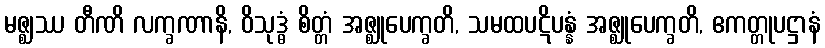
မဇ္ဈဿ တီဏိ လက္ခဏာနိ, ဝိသုဒ္ဓံ စိတ္တံ အဇ္ဈုပေက္ခတိ, သမထပဋိပန္နံ အဇ္ဈုပေက္ခတိ, ဧကတ္တုပဋ္ဌာနံ